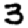
Digit: 3